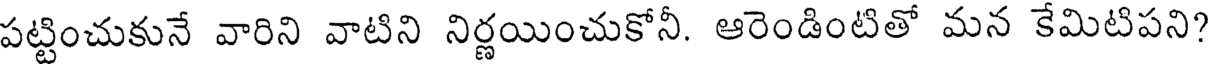
పట్టించుకునే వారిని వాటిని నిర్ణయించుకోనీ. ఆరెండింటితో మన కేమిటిపని?